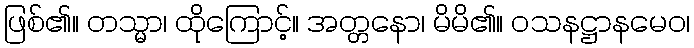
ဖြစ်၏။ တသ္မာ၊ ထိုကြောင့်။ အတ္တနော၊ မိမိ၏။ ဝသနဋ္ဌာနမေဝ၊